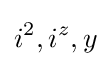
i^{2},i^{z},y